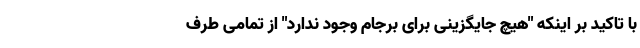
با تاکید بر اینکه "هیچ جایگزینی برای برجام وجود ندارد" از تمامی طرف